Punjab Mental Hospital Lahore 1922-31 - 1922-1931
Year: 1922
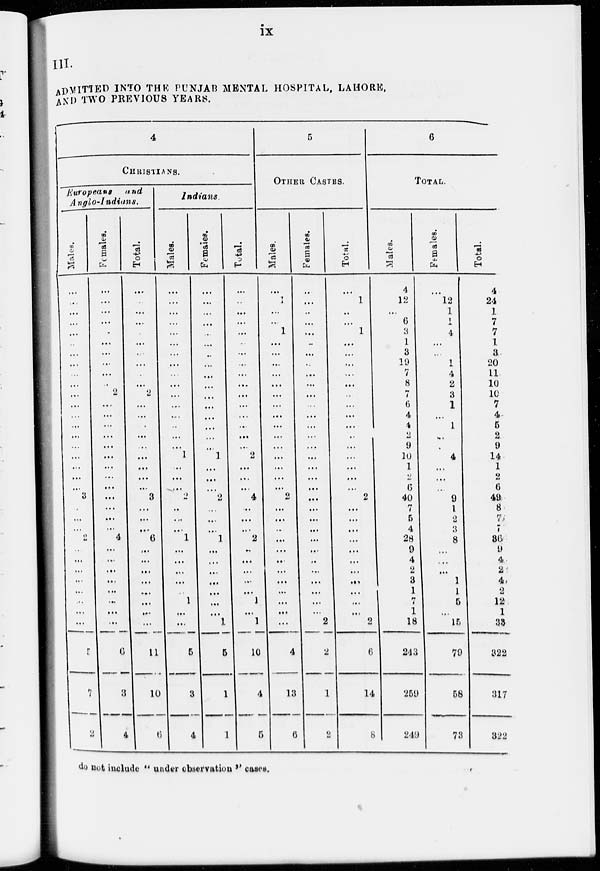
ix
III.
ADMITTED INTO THE PUNJAB MENTAL HOSPITAL, LAHORE,
AND TWO PREVIOUS YEARS.
4
CHRISTIANS.
Europeans
and
Anglo-Indians.
Males.
...
...
...
...
...
..
...
...
...
...
...
...
...
...
...
...
...
...
...
...
3
...
...
...
2
...
...
...
...
...
...
...
...
5
7
2
Females.
...
...
...
...
...
...
...
...
...
...
2
...
...
...
...
...
...
...
...
...
...
...
...
...
4
...
...
...
...
...
...
...
...
6
3
4
Total.
...
...
...
...
...
...
...
...
...
2
...
...
...
...
...
...
...
...
...
3
...
...
...
6
...
...
...
...
...
...
...
...
11
10
6
Indians.
Males.
...
...
...
...
...
...
...
...
...
...
...
...
...
...
...
1
...
...
...
2
...
...
...
1
...
...
...
...
...
1
...
...
5
3
4
Females.
...
...
...
...
...
...
...
...
...
...
...
...
...
...
...
...
1
...
...
...
2
...
...
1
...
...
...
...
...
...
...
1
5
1
1
Total.
...
..
...
...
...
...
...
...
...
...
...
...
...
...
...
...
2
...
...
...
4
...
...
...
2
...
...
...
...
...
1
...
1
10
5
5
5
OTHER CASTES.
Males.
...
1
...
...
1
...
...
...
...
...
...
...
...
...
....
...
...
...
...
...
2
...
...
...
...
...
...
...
...
...
...
...
...
4
13
6
Females.
...
...
..
...
...
...
...
...
...
...
...
...
...
...
...
...
...
...
...
...
...
...
...
...
...
...
...
...
...
...
...
...
2
2
1
2
Total.
...
1
...
...
1
...
...
...
...
...
..
...
...
...
...
...
...
...
...
...
2
...
...
...
...
...
...
...
...
...
...
...
2
6
14
8
6
TOTAL.
Males.
4
12
...
6
3
1
3
19
7
8
7
6
4
4
2
9
10
1
2
6
40
7
5
4
28
9
4
2
3
1
7
1
18
243
259
249
Females.
...
12
1
1
4
...
...
1
4
2
3
1
...
1
...
...
4
...
...
...
9
1
2
3
8
...
...
...
1
1
5
1
15
79
58
73
Total.
4
24
1
7
7
1
3
20
11
10
10
7
4
5
2
9
14
1
2
6
49
8
7
7
86
9 4
2
4
2
12
1
38
322
317
322
do not include " under observation '' cases.